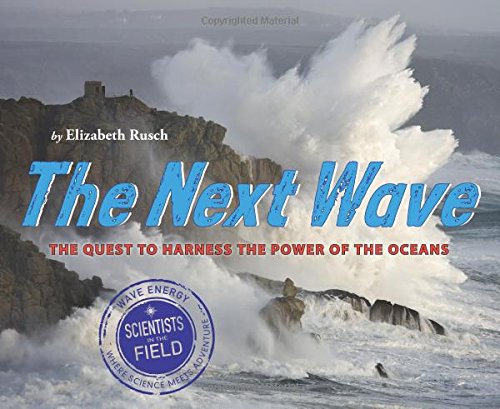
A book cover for The Next Wave: The Quest to Harness the Power of the Oceans (Scientists in the Field Series); Elizabeth Rusch; Children's Books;